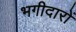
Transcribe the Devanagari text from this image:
भगीदारों